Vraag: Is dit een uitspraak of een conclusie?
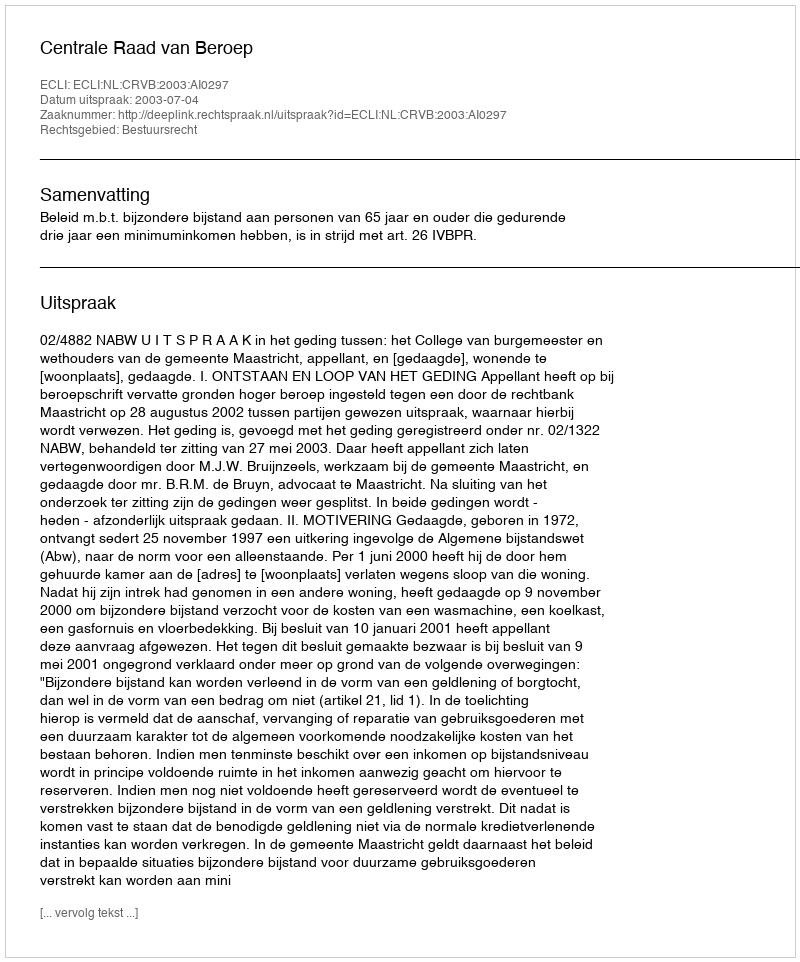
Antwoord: Uitspraak